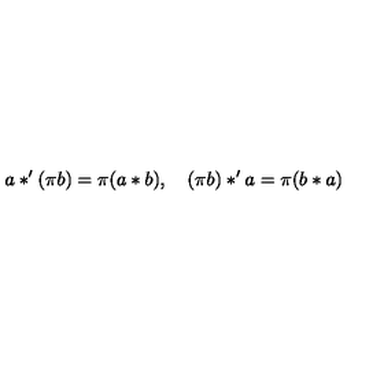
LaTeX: a * ^ { \prime } ( \pi b ) = \pi ( a * b ) , \quad ( \pi b ) * ^ { \prime } a = \pi ( b * a )